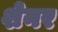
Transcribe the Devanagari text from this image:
शेनर